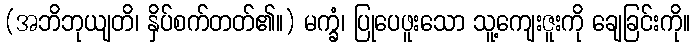
(အဘိဘုယျတိ၊ နှိပ်စက်တတ်၏။) မက္ခံ၊ ပြုပေဖူးသော သူ့ကျေးဇူးကို ချေခြင်းကို။